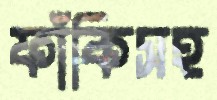
ফাঁকিসহ